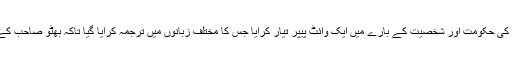
جنرل ضیاء الحق نے بھٹو صاحب کی حکومت اور شخصیت کے بارے میں ایک وائٹ پیپر تیار کرایا جس کا مختلف زبانوں میں ترجمہ کرایا گیا تاکہ بھٹو صاحب کے عالمی امیج کو مسخ کیا جاسکے۔